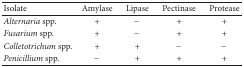
<table><thead><tr><td><b>Isolate</b></td><td><b>Amylase</b></td><td><b>Lipase</b></td><td><b>Pectinase</b></td><td><b>Protease</b></td></tr></thead><tbody><tr><td><i>Alternaria </i>spp.</td><td>+</td><td>−</td><td>+</td><td>+</td></tr><tr><td><i>Fusarium </i>spp.</td><td>+</td><td>−</td><td>+</td><td>+</td></tr><tr><td><i>Colletotrichum </i>spp.</td><td>+</td><td>+</td><td>−</td><td>−</td></tr><tr><td><i>Penicillium </i>spp.</td><td>−</td><td>+</td><td>+</td><td>+</td></tr></tbody></table>